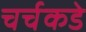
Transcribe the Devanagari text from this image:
चर्चकडे